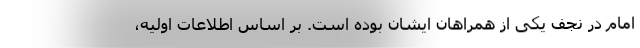
امام در نجف یکی از همراهان ایشان بوده است. بر اساس اطلاعات اولیه،